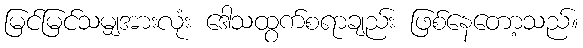
မြင်မြင်သမျှအားလုံး ဒေါသထွက်စရာချည်း ဖြစ်နေတော့သည်။